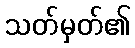
သတ်မှတ်၏